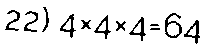
22) 4×4×4=64